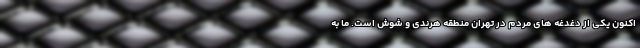
اکنون یکی از دغدغه های مردم در تهران منطقه هرندی و شوش است. ما به